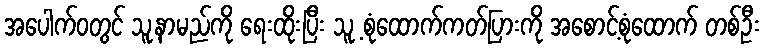
အပေါက်ဝတွင် သူ့နာမည်ကို ရေးထိုးပြီး သူ့ စုံထောက်ကတ်ပြားကို အစောင့်စုံထောက် တစ်ဦး